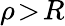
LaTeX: \rho\! >\! R